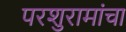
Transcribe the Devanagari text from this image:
परशुरामांचा